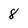
Character: 8